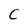
Character: C